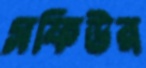
সফিউর